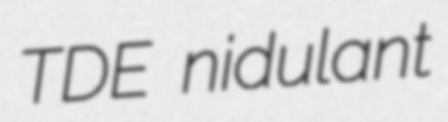
TDE nidulant